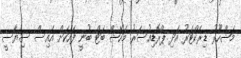
މަޝްހޫރު ޑިރެކްޓަރު އަދި ޕްރޮޑިއުސަރު މަހޭޝް ބަޓް ބުނީ ފަހަކަށް އައިސް ސިޔާސީ